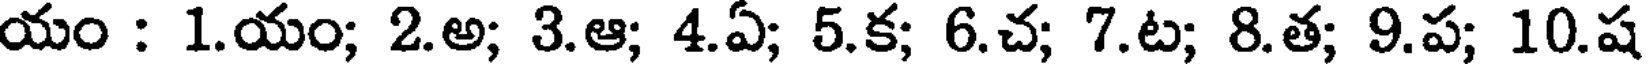
యం : 1.యం; 2.అ; 3.ఆ; 4.ఏ; 5.క; 6.చ; 7.ట; 8.త; 9.ప; 10.ష